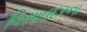
વિસાવદરના